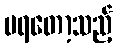
မရတော့သည့်